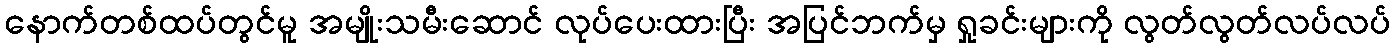
နောက်တစ်ထပ်တွင်မူ အမျိုးသမီးဆောင် လုပ်ပေးထားပြီး အပြင်ဘက်မှ ရှုခင်းများကို လွတ်လွတ်လပ်လပ်